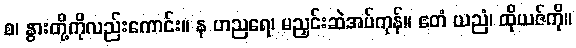
စ၊ နွားတို့ကိုလည်းကောင်း။ န ဟညရေ၊ မညှင်းဆဲအပ်ကုန်။ ဧတံ ယညံ၊ ထိုယဇ်ကို။